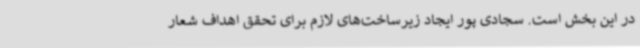
در این بخش است. سجادی پور ایجاد زیرساخت‌های لازم برای تحقق اهداف شعار